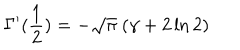
LaTeX: \Gamma ^ { \prime } ( { \frac { 1 } { 2 } } ) = - \sqrt { \pi } \ ( \gamma + 2 \ln 2 )